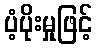
ပံ့ပိုးမှုဖြင့်